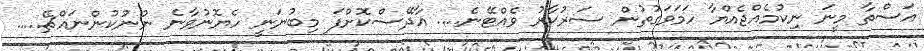
އަސްތާ މީނަ ނިކުމެއްޖެއްޔާ ހަމަވަގުތުން ސަރުކާރު ވެއްޓޭނެ.... އާދޭސްކޮށްފަ މިބުނަނީ ހެޔޮނުވާނެ ނުނުކުންނައްޗޭ.....